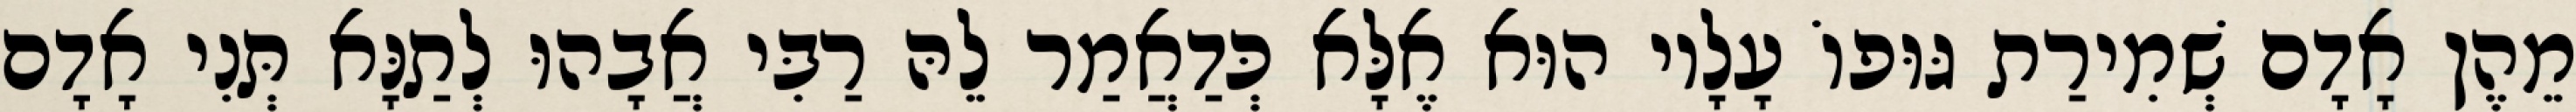
מֵהֶן אָדָם שְׁמִירַת גּוּפוֹ עָלָיו הוּא אֶלָּא כְּדַאֲמַר לֵהּ רַבִּי אֲבָהוּ לְתַנָּא תְּנִי אָדָם